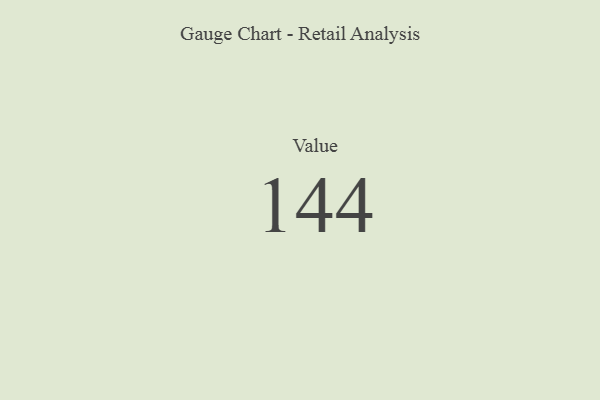
{"axis": {"x": "Metric", "y": "Value"}, "legend": [""], "data": [{"x": "Value", "y": 144, "type": ""}]}